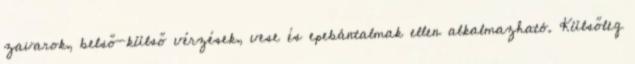
zavarok, belső-külső vérzések, vese és epebántalmak ellen alkalmazható. Külsőleg